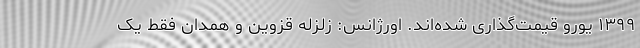
۱۳۹۹ یورو قیمت‌گذاری شده‌اند. اورژانس: زلزله قزوین و همدان فقط یک